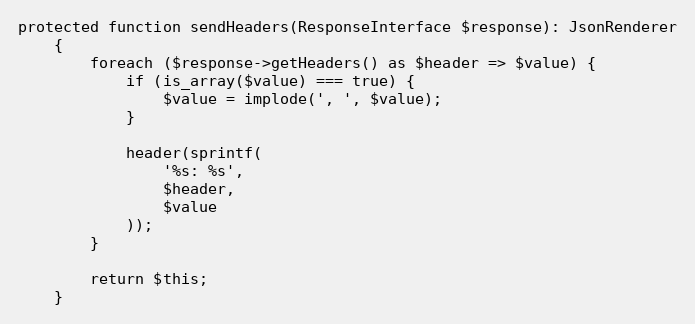
Language: PHP
protected function sendHeaders(ResponseInterface $response): JsonRenderer
    {
        foreach ($response->getHeaders() as $header => $value) {
            if (is_array($value) === true) {
                $value = implode(', ', $value);
            }

            header(sprintf(
                '%s: %s',
                $header,
                $value
            ));
        }

        return $this;
    }